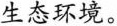
生态环境。